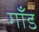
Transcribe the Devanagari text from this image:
गाँड